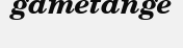
gametange